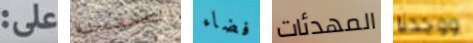
على: المحتملة فضاء المهدئات ووجدنا